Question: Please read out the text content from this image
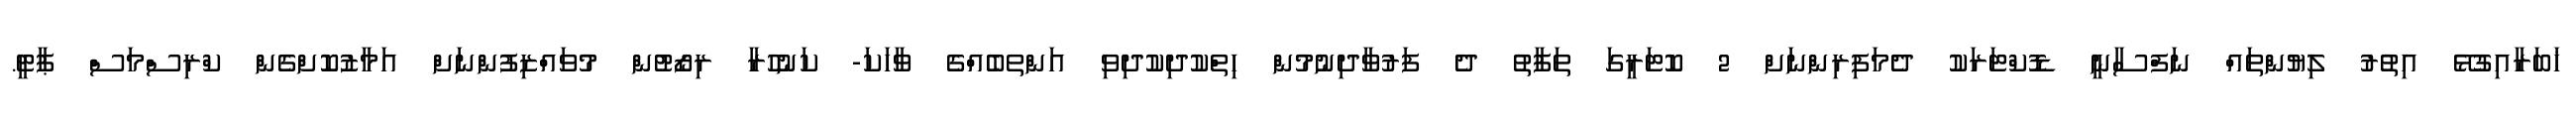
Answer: ޚަބަރާއިގުޅޭ އިތުރު ލިޔުންތައް ނަފްސާނީ ޑޮކްޓަރަކު ދެމަފިރިންނަށް 2 ކޮޓަރީގަ ތަފާތު ދެ ފަރުވާދިނުމުން ހިތްކުދިކުދިވި އަންތބެއްގެ ވާހަކަ- ކަނުހުރާ ރިޒޯޓުން މުވައްޒިފުންނަށް އަމާޒުކޮށްގެން ކްރިސްމަސް ޕާޓީ.